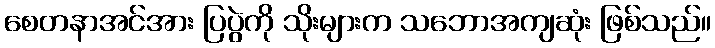
စေတနာအင်အား ပြပွဲကို သိုးများက သဘောအကျဆုံး ဖြစ်သည်။